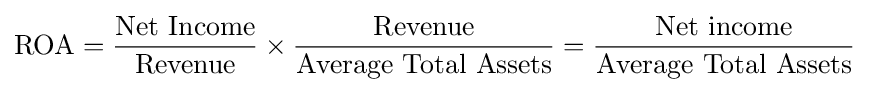
{\text{ROA}}={\frac {\text{Net Income}}{\text{Revenue}}}\times {\frac {\text{Revenue}}{\text{Average Total Assets}}}={\frac {\text{Net income}}{\text{Average Total Assets}}}